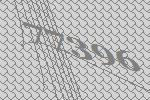
77396